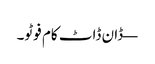
— ڈان ڈاٹ کام فوٹو۔